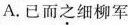
A.已而之细柳军